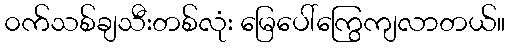
၀က်သစ်ချသီးတစ်လုံး မြေပေါ်ကြွေကျလာတယ်။